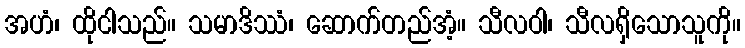
အဟံ၊ ထိုငါသည်။ သမာဒိဿံ၊ ဆောက်တည်အံ့။ သီလဝါ၊ သီလရှိသောသူကို။